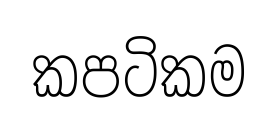
කපටිකම